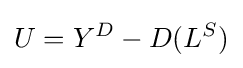
U=Y^{D}-D(L^{S})